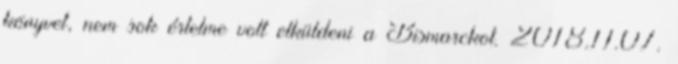
könyvet, nem sok értelme volt elküldeni a Bismarckot. 2018.11.07.